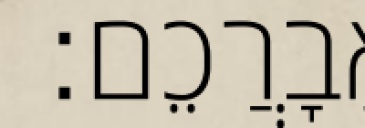
אֲבָרֲכֵם׃